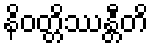
နိဝတ္တိဿန္တီတိ